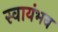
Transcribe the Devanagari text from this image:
स्वायंभव